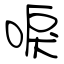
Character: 唳